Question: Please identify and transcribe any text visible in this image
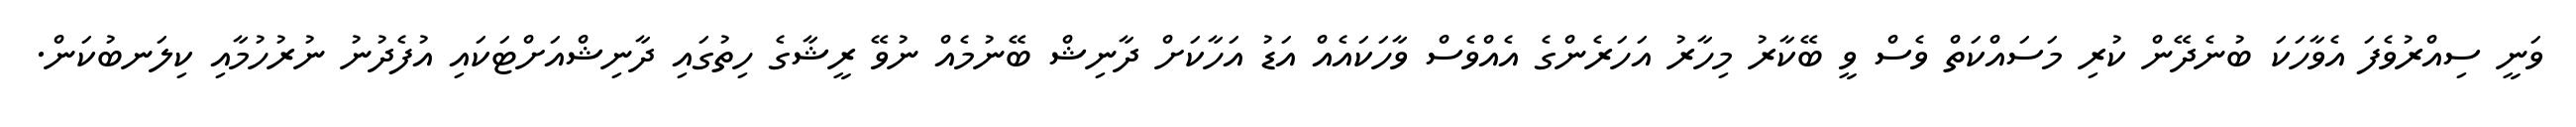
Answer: ވަނީ ސިއްރުވެފަ އެވާހަކަ ބުނެދޭން ކުރި މަސައްކަތް ވެސް ވީ ބޭކާރު މިހާރު އަހަރެންގެ އެއްވެސް ވާހަކައެއް އަޑު އަހާކަށް ދާނިޝް ބޭނުމެއް ނުވޭ ރީޝާގެ ހިތުގައި ދާނިޝްއަށްޓަކައި އުފެދުނު ނުރުހުމާއި ކިލަނބުކަން.